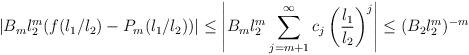
\begin{align*}\vert B_{m}l_{2}^{m}(f(l_{1}/l_{2})-P_{m}(l_{1}/l_{2}))\vert \leq \left\vert B_{m}l_{2}^{m} \sum_{j=m+1}^{\infty} c_{j}\left(\frac{l_{1}}{l_{2}}\right)^{j}\right\vert \leq (B_{2}l_{2}^{m})^{-m}\end{align*}